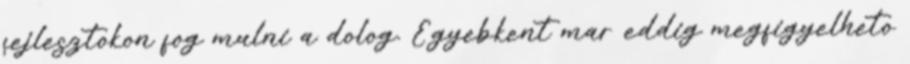
fejlesztokon fog mulni a dolog. Egyebkent mar eddig megfigyelheto